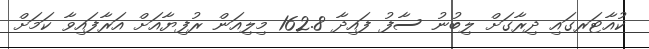
ކުއާޓަރގައި ދިރާގަށް ލިބުނު ސާފު ފައިދާ 162.8 މިލިއަން ރުފިޔާއަށް އަރާފައިވާ ކަމަށް